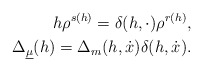
\begin{align*}h\rho^{s(h)}=\delta(h,\cdot)\rho^{r(h)},\\\Delta_{\underline\mu}(h)=\Delta_m(h, \dot x)\delta(h,\dot x).\end{align*}